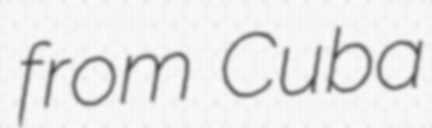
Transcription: from Cuba